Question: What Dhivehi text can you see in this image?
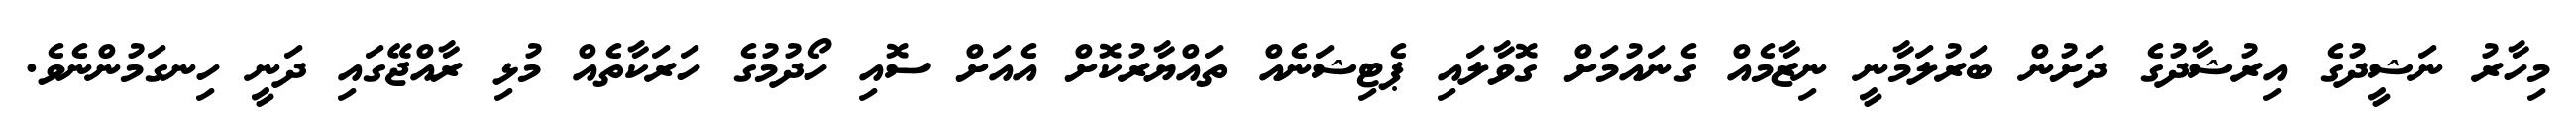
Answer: މިހާރު ނަޝީދުގެ އިރުޝާދުގެ ދަށުން ބަރުލަމާނީ ނިޒާމެއް ގެނައުމަށް ގޮވާލައި ޕެޓިޝަނެއް ތައްޔާރުކޮށް އެއަށް ސޮއި ހޯދުމުގެ ހަރަކާތެއް މުޅި ރާއްޖޭގައި ދަނީ ހިނގަމުންނެވެ.